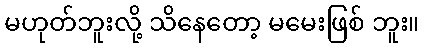
မဟုတ်ဘူးလို့ သိနေတော့ မမေးဖြစ် ဘူး။